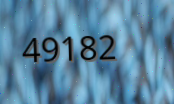
49182